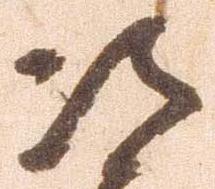
次